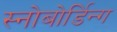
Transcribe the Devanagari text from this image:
स्नोबोर्डिन्ग